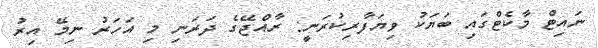
ނައިޓް މާކެޓްގައި ބަޔަކު ވިޔަފާރިކުރަނީ: ރާއްޖޭގެ ދަރަނި މި އަހަރު ނިމޭ އިރު